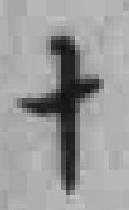
十